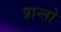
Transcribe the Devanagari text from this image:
प्रान्‍तो